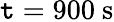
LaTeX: \mathtt{t}=900~\mathrm{{s}}